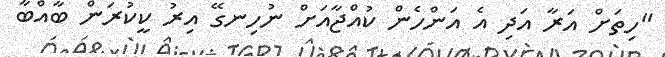
"ހިތަށް އަރާ އަދި އެ އަންހެން ކުއްޖާއަށް ނުހިނގޭ އިރު ކީކުރަން ބާއްބާ